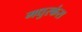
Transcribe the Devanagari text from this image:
मधुरकंस